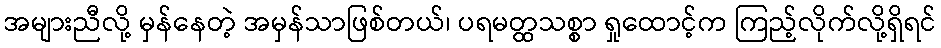
အများညီလို့ မှန်နေတဲ့ အမှန်သာဖြစ်တယ်၊ ပရမတ္ထသစ္စာ ရှုထောင့်က ကြည့်လိုက်လို့ရှိရင်